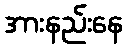
အားနည်းနေ